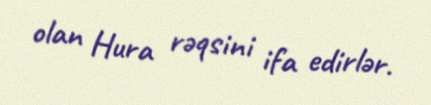
olan Hura rəqsini ifa edirlər.